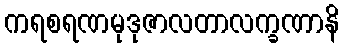
ကရစရဏမုဒုဇာလတာလက္ခဏာနိ